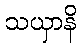
သယှာနိ